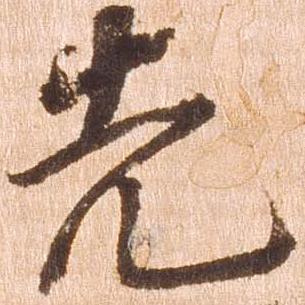
先